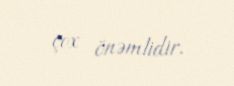
çox önəmlidir.